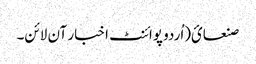
صنعائ(اُردو پوائنٹ اخبار آن لائن۔